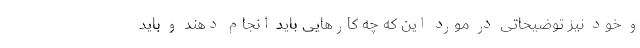
و خود نیز توضیحاتی در مورد این که چه کارهایی باید انجام دهند و باید